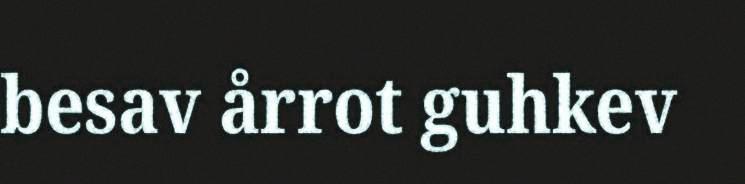
besav årrot guhkev